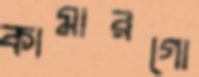
কামারগো